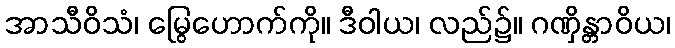
အာသီဝိသံ၊ မြွေဟောက်ကို။ ဒီဝါယ၊ လည်၌။ ဂဏှိန္တာဝိယ၊